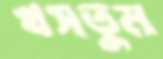
খসতুম